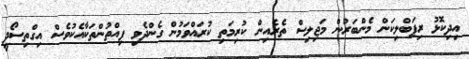
އިދިކޮޅު ރިޕަބްލިކަން މެންބަރުން މަޖިލިސް ތެރެއިން ކުރިމަތި ކުރައްވަމުން ގެންދެވި ފިއްތުންތަކާއެކުވެސް އިގްތިސޯދީ